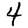
Digit: 4